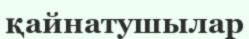
қайнатушылар